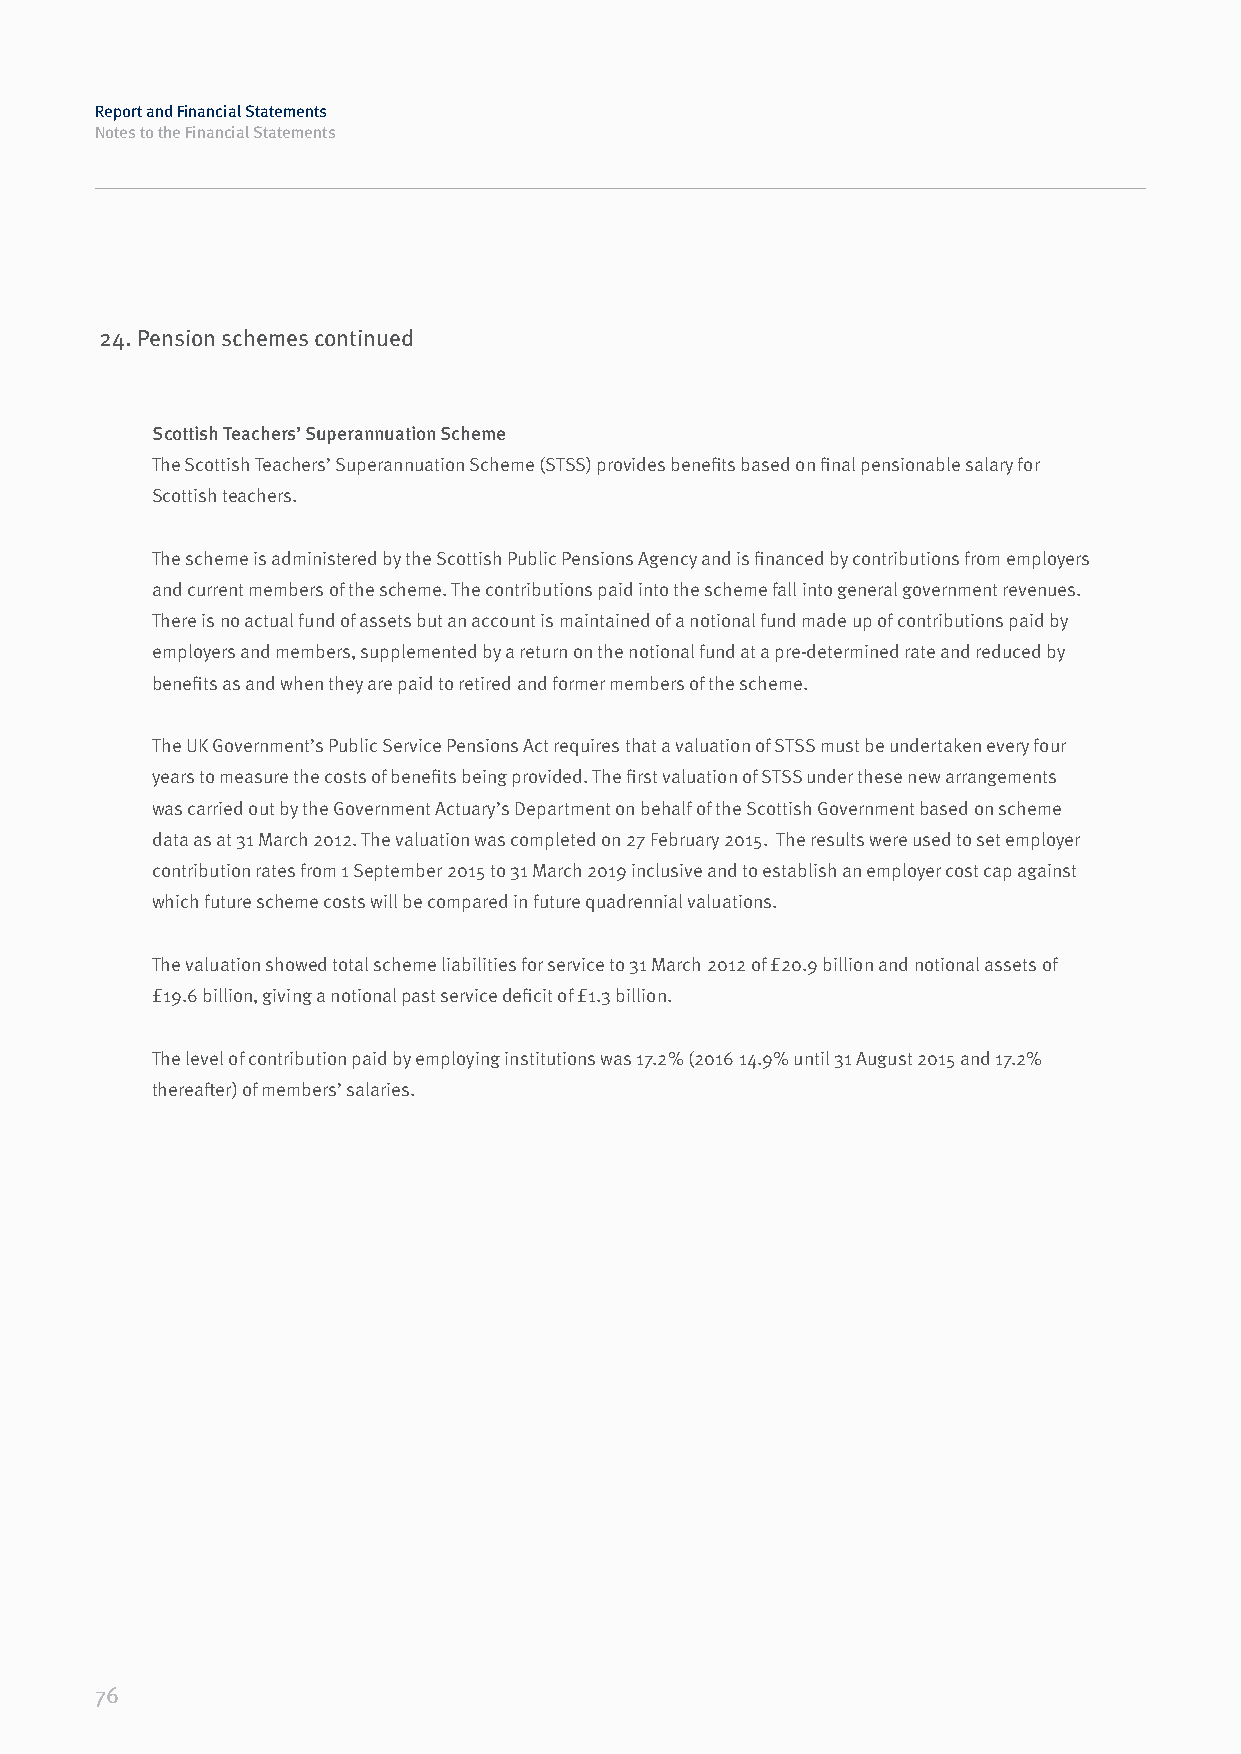
Report and Financial Statements
 Notes to the Financial Statements
 24. Pension schemes continued
 Scottish Teachers’ Superannuation Scheme
 The Scottish Teachers’ Superannuation Scheme (STSS) provides benefits based on final pensionable salary for
 Scottish teachers.
 The scheme is administered by the Scottish Public Pensions Agency and is financed by contributions from employers
 and current members of the scheme. The contributions paid into the scheme fall into general government revenues.
 There is no actual fund of assets but an account is maintained of a notional fund made up of contributions paid by
 employers and members, supplemented by a return on the notional fund at a pre-determined rate and reduced by
 benefits as and when they are paid to retired and former members of the scheme.
 The UK Government’s Public Service Pensions Act requires that a valuation of STSS must be undertaken every four
 years to measure the costs of benefits being provided. The first valuation of STSS under these new arrangements
 was carried out by the Government Actuary’s Department on behalf of the Scottish Government based on scheme
 data as at 31 March 2012. The valuation was completed on 27 February 2015. The results were used to set employer
 contribution rates from 1 September 2015 to 31 March 2019 inclusive and to establish an employer cost cap against
 which future scheme costs will be compared in future quadrennial valuations.
 The valuation showed total scheme liabilities for service to 31 March 2012 of £20.9 billion and notional assets of
 £19.6 billion, giving a notional past service deficit of £1.3 billion.
 The level of contribution paid by employing institutions was 17.2% (2016 14.9% until 31 August 2015 and 17.2%
 thereafter) of members’ salaries.
 76